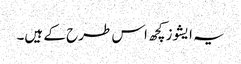
یہ ایشوز کچھ اس طرح کے ہیں۔